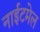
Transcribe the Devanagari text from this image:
नाईटमेल